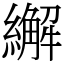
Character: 繲